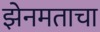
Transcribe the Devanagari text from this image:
झेनमताचा